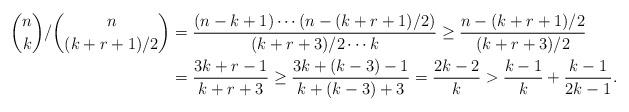
LaTeX: \begin{align*}\binom{n}{k}/\binom{n}{(k+r+1)/2}&=\frac{(n-k+1)\cdots (n-(k+r+1)/2)}{(k+r+3)/2 \cdots k} \ge \frac{n-(k+r+1)/2}{(k+r+3)/2}\\&=\frac{3k+r-1}{k+r+3} \ge \frac{3k+(k-3)-1}{k+(k-3)+3}=\frac{2k-2}{k}>\frac{k-1}{k}+\frac{k-1}{2k-1}.\end{align*}